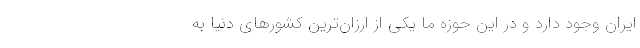
ایران وجود دارد و در این حوزه ما یکی از ارزان‌ترین کشورهای دنیا به